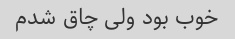
خوب بود ولی چاق شدم